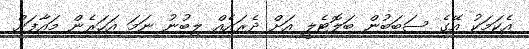
އެކަމަކު އޭގެ ސަބަބުން ބަލޮޓެލީ އަށް ދެރައެއް ލިބުނު ނަމަ އަހަރެން މައާފަށް